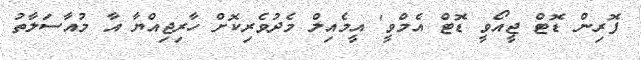
ފޮރިން ޑޮޓް ޖީއޯވީ ޑޮޓް އެމްވީ' އީމެއިލް މެދުވެރިކޮށް ހާރިޖިއްޔާ އާ މުއާސަލާތު